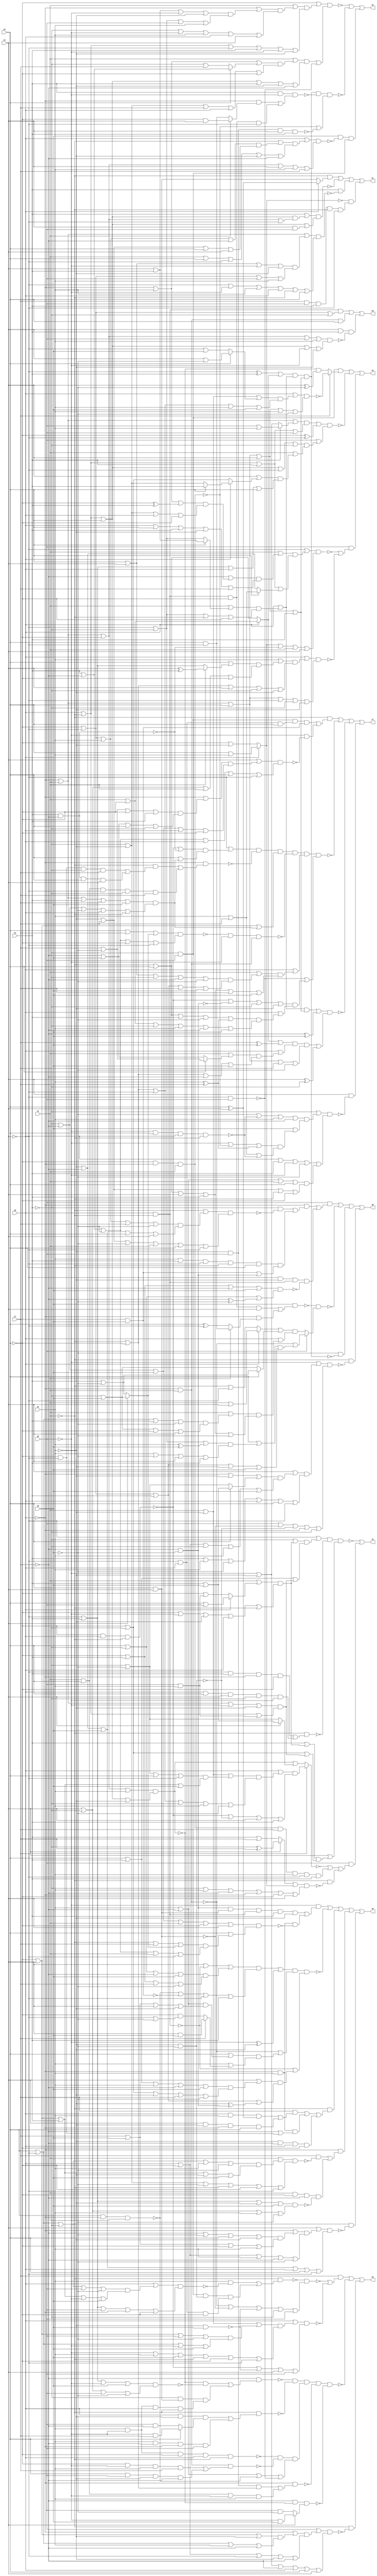
// Benchmark "quot_res" written by ABC on Sat Feb 25 13:01:01 2023

module quot_res ( 
    x0, x1, x2, x3, x4, x5, x6, x7, x8,
    z0, z1, z2, z3, z4, z5, z6, z7, z8  );
  input  x0, x1, x2, x3, x4, x5, x6, x7, x8;
  output z0, z1, z2, z3, z4, z5, z6, z7, z8;
  wire n20, n22, n23, n24, n25, n26, n28, n29, n30, n31, n32, n33, n34, n35,
    n36, n37, n38, n40, n41, n42, n43, n44, n45, n46, n47, n48, n49, n51,
    n52, n53, n54, n55, n56, n57, n58, n59, n60, n61, n63, n64, n65, n66,
    n67, n68, n69, n70, n71, n72, n73, n74, n75, n76, n77, n78, n79, n80,
    n81, n82, n83, n85, n86, n87, n88, n89, n90, n91, n92, n93, n94, n95,
    n96, n97, n98, n99, n100, n102, n103, n104, n105, n106, n107, n108,
    n109, n110, n111, n112, n113, n114, n115, n116, n117, n118, n119, n120,
    n122, n123, n124, n125, n126, n127, n128, n129, n130, n131, n132;
  assign z0 = (x0 & ~x1 & (~x2 | ~x3 | ~x4)) | (~x0 & x1 & x2) | (x3 & x4 & ~n20);
  assign n20 = (~x0 | x1 | ~x2 | x5 | x6) & (x0 | ~x1 | x2 | ~x5 | ~x6);
  assign z1 = n23 | ~n26 | (x4 & ~n22) | (~n24 & n25);
  assign n22 = (~x0 | x1 | ((x2 | x3 | ~x5 | ~x6) & (~x2 | ~x3 | x5 | x6))) & (~x3 | ~x5 | x6 | x0 | ~x1 | x2);
  assign n23 = ~x1 & (x0 ? (x2 ^ x3) : (x2 & x3));
  assign n24 = x0 ? (x2 | x6) : (~x2 | ~x6);
  assign n25 = x7 & x5 & x4 & ~x1 & ~x3;
  assign n26 = (x4 | ((x0 | ~x1 | x2) & (~x0 | x1 | ~x2 | ~x3))) & (x0 | ~x1 | x2 | (x3 & x5));
  assign z2 = ~n35 | ~n28 | (x8 & ~n33 & n34);
  assign n28 = n30 & ~n31 & (~n29 | ~n32);
  assign n29 = ~x2 & ~x0 & x1;
  assign n30 = ((~x3 ^ x4) | (x0 ? (x1 | ~x2) : (~x1 | x2))) & (x0 | ((x1 | (x2 ? (x3 | x4) : (~x3 | ~x4))) & (~x3 | ~x4 | ~x1 | ~x2))) & (~x0 | x1 | x2 | x3 | x4);
  assign n31 = x4 & ~x5 & ((~x0 & (x1 ? (~x2 & x3) : (x2 & ~x3))) | (x0 & ~x1 & ~x2 & ~x3));
  assign n32 = ~x6 & x5 & x3 & x4;
  assign n33 = (x0 | ((~x1 | ((~x2 | ~x3 | x6 | ~x7) & (~x6 | x7 | x2 | x3))) & (x1 | x2 | ~x3 | ~x6 | ~x7))) & (~x0 | x1 | ~x2 | x3 | x6 | x7);
  assign n34 = ~x4 & x5;
  assign n35 = (~x2 | n36) & (n37 | ~n38);
  assign n36 = (x1 | ((~x0 | ((x3 | x4 | ~x5 | ~x6) & (~x3 | ~x4 | x5 | x6))) & (~x4 | ~x5 | x6 | x0 | x3))) & (x0 | ~x1 | ~x3 | x4 | ~x5 | ~x6);
  assign n37 = (x1 | ((~x0 | x6 | (x2 ? (x4 | ~x7) : (~x4 | x7))) & (~x4 | ~x6 | x7 | x0 | ~x2))) & (x0 | ~x1 | x2 | x4 | ~x6 | ~x7);
  assign n38 = ~x3 & x5;
  assign z3 = n44 | ~n47 | (x5 & (~n40 | ~n43));
  assign n40 = (~x3 | n42) & (n24 | ~n41 | x1 | x3);
  assign n41 = x4 & ~x7;
  assign n42 = (x1 | ((~x7 | ((~x0 | x6 | (~x2 ^ x4)) & (~x4 | ~x6 | x0 | ~x2))) & (x0 | x2 | x4 | ~x6 | x7))) & (x0 | ~x1 | x4 | (x2 ? (x6 | x7) : (~x6 | ~x7)));
  assign n43 = (x0 | ((x6 | ((x2 | (x1 ? (x3 ^ x4) : (~x3 | x4))) & (x3 | ~x4 | x1 | ~x2))) & (~x1 | ~x2 | x3 | ~x4 | ~x6))) & (~x0 | x1 | x2 | ~x3 | ~x4 | ~x6);
  assign n44 = n34 & (x7 ? ~n46 : (~n45 & (x3 ^ ~x8)));
  assign n45 = (~x0 | x1 | ~x2 | x6) & (x0 | ~x1 | x2 | ~x6);
  assign n46 = (x0 | ((x1 | ~x6 | (x2 ? (x3 | ~x8) : (~x3 | x8))) & (~x1 | ~x2 | ~x3 | x6 | x8))) & (~x0 | x1 | x2 | x3 | x6 | ~x8);
  assign n47 = (n48 | (~x2 ^ ~x3)) & (x5 | n49);
  assign n48 = (~x0 | x1 | (x4 ? (x5 | x6) : (~x5 | ~x6))) & (x0 | ~x1 | x4 | x5);
  assign n49 = (x0 | ~x1 | x2 | ~x3 | ~x4) & (x1 | ((x3 | (x0 ? (x2 ? x4 : (~x4 | ~x6)) : (~x2 | ~x4))) & (~x3 | x4 | x0 | x2)));
  assign z4 = ~n58 | (x5 & (~n51 | n57 | (~x1 & ~n56)));
  assign n51 = x7 ? n52 : (n45 | (x3 ? (x4 | x8) : (~x4 | ~x8)));
  assign n52 = (x0 | n55) & (~n53 | ~n54 | x3 | x4);
  assign n53 = ~x2 & x0 & ~x1;
  assign n54 = ~x6 & ~x8;
  assign n55 = (x1 | ~x6 | ((~x4 | ~x8 | x2 | ~x3) & (~x2 | x3 | x4 | x8))) & (~x1 | ~x2 | ~x3 | ~x4 | x6 | ~x8);
  assign n56 = ((x3 ? (~x4 ^ x7) : (x4 | x7)) | (x0 ? (x2 | x6) : (~x2 | ~x6))) & (~x4 | x6 | ~x7 | ~x0 | ~x2 | x3);
  assign n57 = n29 & x7 & x6 & ~x3 & x4;
  assign n58 = (~x3 | ((~x4 | n59) & (x2 | x4 | n60))) & ~n61 & (x3 | ((x4 | n59) & (~x2 | ~x4 | n60)));
  assign n59 = (x1 | (x0 ? (x2 | x5) : (~x2 | (x5 & x6)))) & (~x2 | ~x5 | ~x6 | x0 | ~x1);
  assign n60 = (~x0 | x1 | ~x5 | ~x6) & (x0 | ~x1 | (x5 & x6));
  assign n61 = ~x1 & ((~x3 & x4 & ~x0 & ~x2) | (x0 & x2 & x3 & ~x4 & ~x5));
  assign z5 = (x7 & (~n63 | ~n70)) | ~n73 | (~x1 & ~n72);
  assign n63 = ~n67 & (~n64 | ~n65 | ~n66 | ~x4 | x5);
  assign n64 = ~x0 & x1;
  assign n65 = x2 & x3;
  assign n66 = ~x6 & x8;
  assign n67 = ~x1 & ((x6 & ~n68) | (n34 & n54 & n69));
  assign n68 = (x0 | ((x2 | ~x3 | ~x4 | x5 | ~x8) & (~x2 | x3 | x4 | ~x5 | x8))) & (~x3 | x4 | x5 | ~x0 | ~x2);
  assign n69 = ~x3 & x0 & ~x2;
  assign n70 = (x0 | n71) & (~n53 | ~n66 | x3 | x5);
  assign n71 = (x1 | ~x6 | ((~x2 | x3 | x5 | ~x8) & (x2 | ~x3 | ~x5 | x8))) & (~x5 | x6 | x8 | ~x1 | ~x2 | ~x3);
  assign n72 = (x5 | ((~x0 | ((~x2 | x3 | ~x6) & (x2 | ~x3 | x6 | ~x7))) & (x0 | ~x2 | ~x3 | ~x6 | ~x7))) & (~x5 | ~x6 | ~x7 | x0 | x2 | x3);
  assign n73 = ~n81 & ~n80 & n76 & ~n74 & ~n75;
  assign n74 = ~x0 & ((x5 & ~x6 & (~x1 | ~x2)) | (x1 & x2 & ~x5 & x6));
  assign n75 = ~x7 & ~n45 & (x3 ? (~x5 & x8) : (x5 & ~x8));
  assign n76 = ~n79 & ~n78 & (x6 | ~x7 | ~n77 | ~n38);
  assign n77 = x2 & ~x0 & x1;
  assign n78 = ~x0 & x1 & ((~x2 & ~x5 & x6 & x7) | (x2 & x5 & ~x6 & ~x7));
  assign n79 = x6 & ~x5 & ~x2 & x0 & ~x1;
  assign n80 = ~x1 & ((x0 & ~x6 & (x2 ? (~x5 & x7) : (x5 & ~x7))) | (x6 & ~x7 & ~x0 & x5));
  assign n81 = ~x7 & ((~n45 & ~n82) | (~x4 & n65 & n83));
  assign n82 = (~x3 | x4 | ~x5 | x8) & (x3 | ~x4 | x5 | ~x8);
  assign n83 = x6 & ~x5 & x0 & ~x1;
  assign z6 = n85 | ~n91 | n97 | n98 | (~x1 & ~n90);
  assign n85 = ~x5 & (n87 | (~x0 & x6 & ~n86));
  assign n86 = (~x4 | ~x7 | x8 | x1 | ~x2 | x3) & (x2 | ((~x1 | x7 | (x3 ? (~x4 | x8) : (x4 | ~x8))) & (x4 | ~x7 | ~x8 | x1 | ~x3)));
  assign n87 = n89 & n65 & n88 & x4 & ~x6;
  assign n88 = x0 & ~x1;
  assign n89 = ~x7 & ~x8;
  assign n90 = (x3 | ((~x0 | ((~x7 | ~x8 | x2 | ~x6) & (x7 | x8 | ~x2 | x6))) & (x0 | ~x2 | x6 | ~x7 | ~x8))) & (~x6 | ~x7 | x8 | x0 | x2 | ~x3);
  assign n91 = (n93 | (~x5 ^ ~x6)) & n96 & (~n88 | n92);
  assign n92 = (x3 | ((x2 | x4 | x6 | ~x7 | x8) & (~x2 | ~x4 | ~x6 | x7 | ~x8))) & (~x2 | ~x3 | x4 | (~x6 ^ (~x7 & ~x8)));
  assign n93 = (x3 | ~n88 | n95) & (~n77 | ~n94 | ~x3 | x4);
  assign n94 = x7 & x8;
  assign n95 = (x2 | ~x4 | ~x7 | x8) & (~x2 | x4 | x7 | ~x8);
  assign n96 = ~n64 | ((x2 | ((x6 | ~x7) & (x7 | x8 | x3 | ~x6))) & (x6 | (x7 ? (x3 & x8) : (~x2 & (~x3 | ~x8)))));
  assign n97 = ~x1 & ((x7 & ((x0 & x6 & (x2 ^ x3)) | (x3 & ~x6 & ~x0 & x2))) | (~x0 & x6 & (~x7 | (~x2 & ~x3))) | (~x6 & ~x7 & x0 & ~x2));
  assign n98 = ~x0 & ((x7 & ~n99) | (x1 & ~x2 & ~x7 & ~n100));
  assign n99 = (x1 | ((x2 | ~x3 | ~x4 | x6 | ~x8) & (~x2 | x3 | x4 | ~x6 | x8))) & (~x4 | ~x6 | ~x8 | ~x1 | ~x2 | ~x3);
  assign n100 = (~x3 | x4 | ~x6 | x8) & (x3 | ~x4 | x6 | ~x8);
  assign z7 = n102 | ~n109 | ~n118 | (x3 & ~n105);
  assign n102 = ~x1 & ((n34 & n103 & n94) | (~x5 & ~n104));
  assign n103 = ~x3 & x0 & x2;
  assign n104 = (x3 | ((~x0 | ((x7 | ~x8 | ~x2 | x4) & (~x7 | x8 | x2 | ~x4))) & (~x4 | ~x7 | x8 | x0 | ~x2))) & (x4 | ~x7 | ~x8 | x0 | x2 | ~x3);
  assign n105 = (~x4 | n106) & (x0 | x4 | ~x5 | ~x8 | n108);
  assign n106 = (~x8 | ~n107 | x6 | ~x7) & (x8 | ((~x5 | ~n29 | (x6 ^ x7)) & (x6 | x7 | ~n107)));
  assign n107 = ~x5 & x2 & x0 & ~x1;
  assign n108 = (x6 | ~x7 | x1 | x2) & (~x6 | x7 | ~x1 | ~x2);
  assign n109 = n111 & ~n114 & (x0 | n110) & (~n38 | n116);
  assign n110 = (x1 | ((x2 | x3 | ~x4 | ~x7 | ~x8) & (~x2 | ~x3 | x4 | x7 | x8))) & (~x1 | x2 | x3 | x4 | x7 | x8);
  assign n111 = (~x3 | ((~n53 | ~n41) & (x2 | n113))) & ~n112 & (~x2 | x3 | n113);
  assign n112 = ~x0 & ((~x1 & ((~x2 & ~x3 & ~x4 & x7) | (x4 & ~x7 & x2 & x3))) | (x1 & x2 & ~x3 & ~x4 & x7));
  assign n113 = (~x0 | x1 | x4 | x7 | x8) & (~x4 | ~x7 | ~x8 | x0 | ~x1);
  assign n114 = ~n115 & ~x5 & n64;
  assign n115 = (x2 | x7 | (x3 ? (~x4 | x8) : (x4 | ~x8))) & (x4 | ~x7 | ~x8 | ~x2 | ~x3);
  assign n116 = (~n53 | ~n89 | ~x4 | ~x6) & (x0 | n117);
  assign n117 = (~x1 | x2 | x4 | ~x8 | (x6 ^ x7)) & (x1 | ~x2 | ~x4 | x6 | ~x7 | x8);
  assign n118 = (n119 | (~x7 ^ x8)) & (n120 | (x3 ^ ~x4));
  assign n119 = (x0 | ((x1 | (x2 ? (x3 | x4) : (~x3 | ~x4))) & (~x3 | ~x4 | ~x1 | ~x2))) & (~x0 | x1 | x2 | x3 | x4);
  assign n120 = ((x0 ? (x1 | ~x2) : (~x1 | x2)) | (x7 ^ x8)) & (x0 | ((x1 | (x2 ? (x7 | ~x8) : (~x7 | x8))) & (~x1 | ~x2 | ~x7 | x8))) & (~x0 | x1 | x2 | x7 | ~x8);
  assign z8 = n122 | ~n129 | (~x8 & ~n30) | (~x1 & ~n127);
  assign n122 = x5 & (n123 | (~x3 & ~x6 & n88 & ~n126));
  assign n123 = ~x0 & ((~x4 & ~n124) | (n125 & (n94 | n89)));
  assign n124 = (~x1 | ((~x2 | ~x3 | x6 | x7 | ~x8) & (~x6 | ~x7 | x8 | x2 | x3))) & (~x6 | x7 | ~x8 | x1 | x2 | ~x3);
  assign n125 = x6 & x4 & ~x3 & ~x1 & x2;
  assign n126 = (~x2 | x4 | ~x7 | x8) & (x2 | ~x4 | (~x7 ^ ~x8));
  assign n127 = (~x5 | n128) & (x5 | ~n65 | ~n54 | ~x0 | ~x4);
  assign n128 = (x3 | ((~x0 | ~x6 | (x2 ? (x4 | x8) : (~x4 | ~x8))) & (x0 | ~x2 | ~x4 | x6 | x8))) & (x4 | x6 | ~x8 | x0 | x2 | ~x3);
  assign n129 = ~n131 & (x5 ? (~n64 | n132) : n130);
  assign n130 = ((x0 ? (x1 | x3) : (~x1 | ~x3)) | (x2 ? (x4 | ~x8) : (~x4 | x8))) & (x0 | ((x1 | ((x2 | ~x3 | x4 | ~x8) & (~x4 | x8 | ~x2 | x3))) & (~x1 | x2 | x3 | x4 | ~x8)));
  assign n131 = x8 & ((x0 & ~x1 & ~x2 & x3) | (~x0 & (x1 ? (x2 & ~x3) : (x2 ^ ~x3))));
  assign n132 = (x2 | ((~x3 | ~x4 | (x6 ^ x8)) & (x6 | ~x8 | x3 | x4))) & (~x2 | ~x3 | x4 | ~x6 | x8);
endmodule